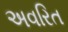
અવરિત